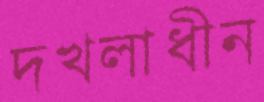
দখলাধীন